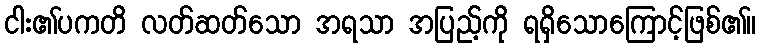
ငါး၏ပကတိ လတ်ဆတ်သော အရသာ အပြည့်ကို ရရှိသောကြောင့်ဖြစ်၏။